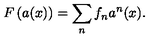
F \left( a ( x ) \right) = \sum _ { n } ^ { } f _ { n } a ^ { n } ( x ) .